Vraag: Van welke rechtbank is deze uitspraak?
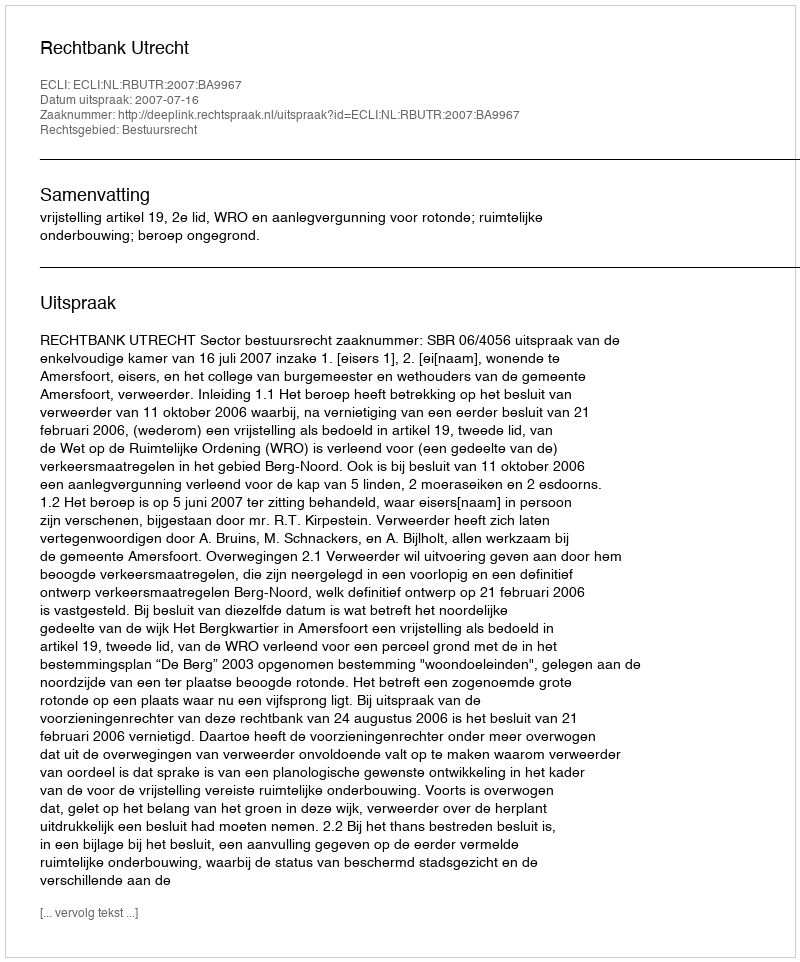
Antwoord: Rechtbank Utrecht